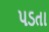
૫ડતા